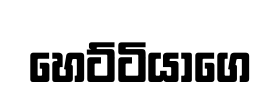
හෙට්ටියාගෙ